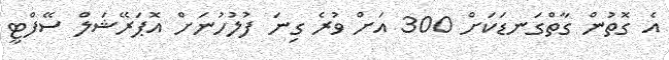
އެ ގޮތުން ގާތްގަނޑަކަށް 300 އަށް ވުރެ ގިނަ ފުލުހުނަށް އޮޕަރޭޝަލް ސޭފްޓީ